Scottish Leaving Certificate Examination, 1956
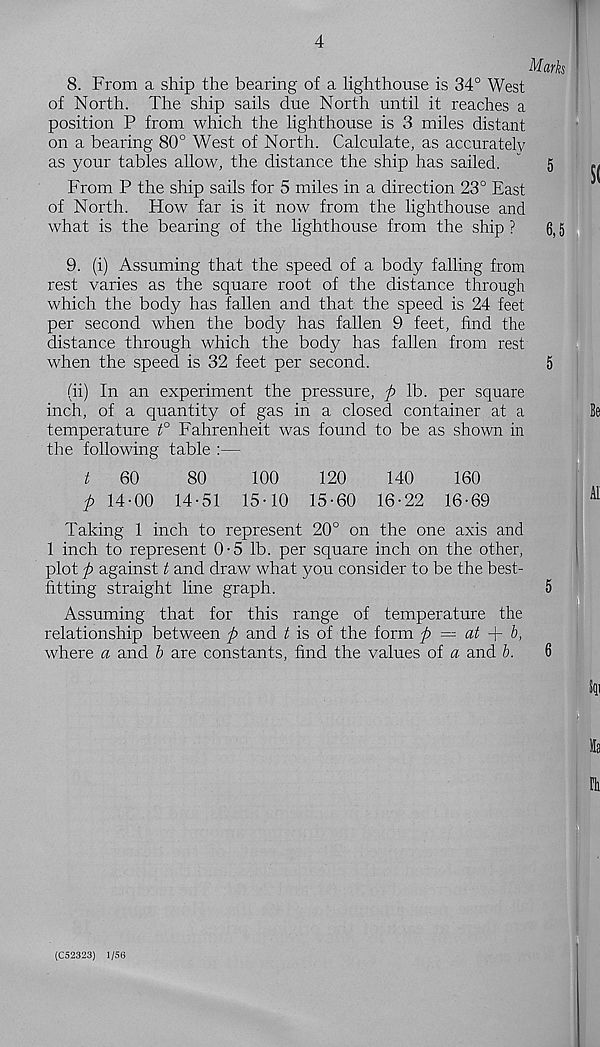
4
8. From a ship the bearing of a lighthouse is 34° West
of North. The ship sails due North until it reaches a
position P from which the lighthouse is 3 miles distant
on a bearing 80° West of North. Calculate, as accurately
as your tables allow, the distance the ship has sailed.
5
From P the ship sails for 5 miles in a direction 23° East
of North. How far is it now from the lighthouse and
what is the bearing of the lighthouse from the ship ?
6,5
9. (i) Assuming that the speed of a body falling from
rest varies as the square root of the distance through
which the body has fallen and that the speed is 24 feet
per second when the body has fallen 9 feet, find the
distance through which the body has fallen from rest
when the speed is 32 feet per second.
5
(ii) In an experiment the pressure, p lb. per square
inch, of a quantity of gas in a closed container at a
temperature t° Fahrenheit was found to be as shown in
the following table :—
t
60
80
100
120
140
160
p 14-00 14-51 15-10 15-60 16-22 16-69
Taking 1 inch to represent 20° on the one axis and
1 inch to represent 0-5 lb. per square inch on the other,
plot p against t and draw what you consider to be the best-
fitting straight line graph.
5
Assuming that for this range of temperature the
relationship between p and t is of the form p = at + b,
where a and b are constants, find the values of a and b.
6
(C52323) 1/56